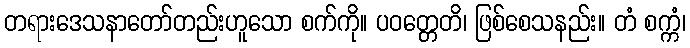
တရားဒေသနာတော်တည်းဟူသော စက်ကို။ ပဝတ္တေတိ၊ ဖြစ်စေသနည်း။ တံ စက္ကံ၊